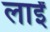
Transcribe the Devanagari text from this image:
लाईं